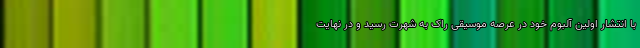
با انتشار اولین آلبوم خود در عرصه موسیقی راک به شهرت رسید و در نهایت